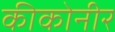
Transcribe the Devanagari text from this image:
कीकोनीर